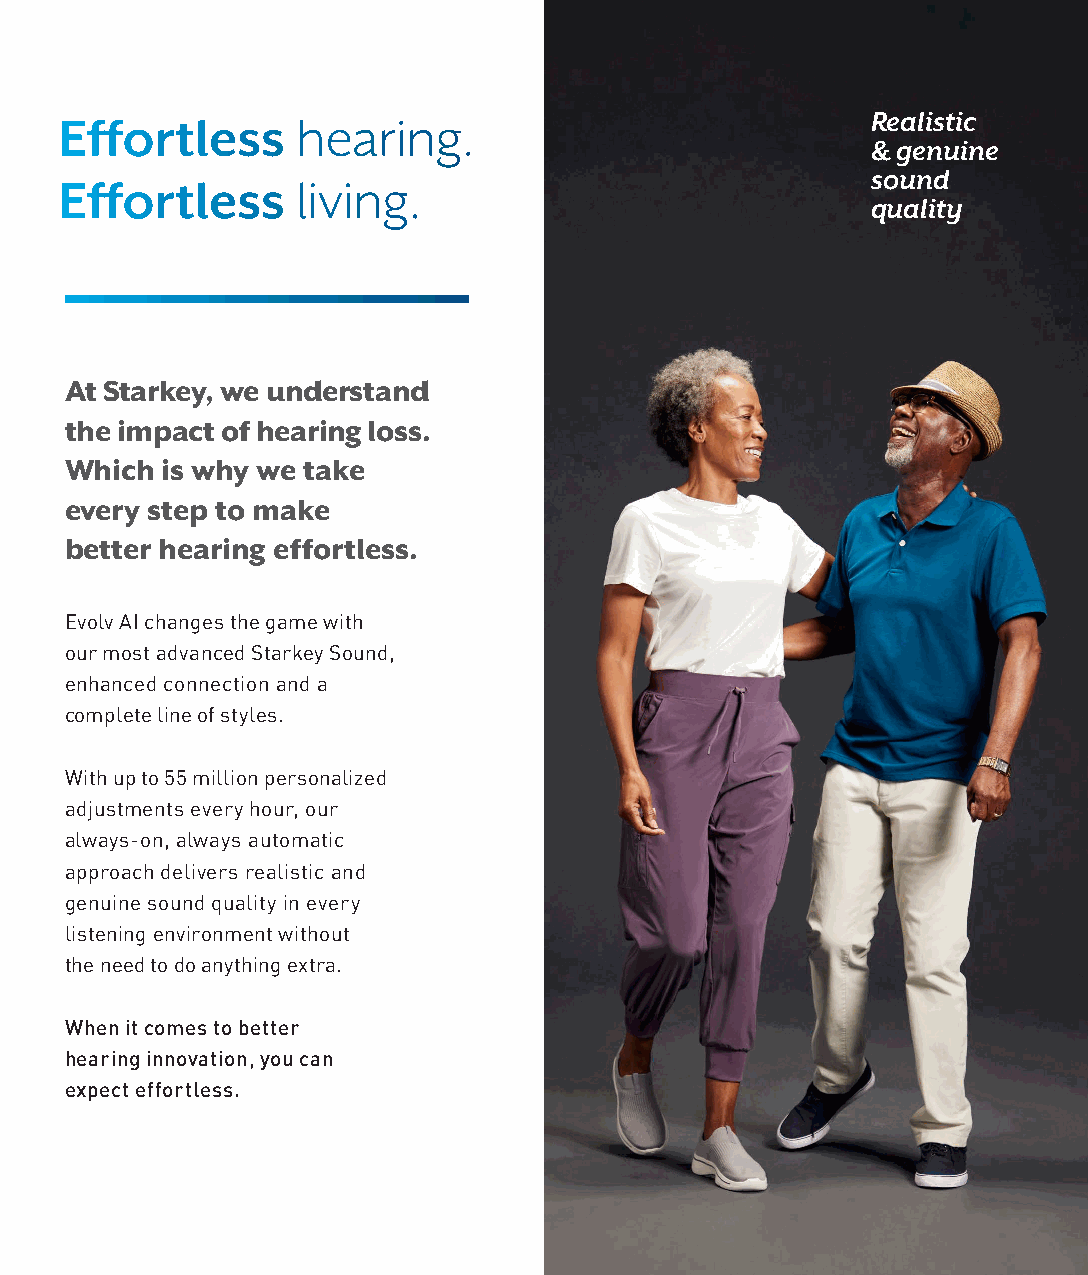
Effortless      hearing.                              Realistic
 & genuine
 sound
 Effortless      living.
 quality
 At Starkey, we understand
 the impact of hearing loss.
 Which  is why we take
 every step to make
 better hearing effortless.
 Evolv AI changes the game with
 our most advanced Starkey Sound,
 enhanced connection and a
 complete line of styles.
 With up to 55 million personalized
 adjustments every hour, our
 always-on, always automatic
 approach delivers realistic and
 genuine sound quality in every
 listening environment without
 the need to do anything extra.
 When it comes to better
 hearing innovation, you can
 expect effortless.